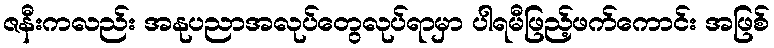
ဇနီးကလည်း အနုပညာအလုပ်တွေလုပ်ရာမှာ ပါရမီဖြည့်ဖက်ကောင်း အဖြစ်